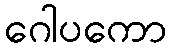
ဂေါပကော